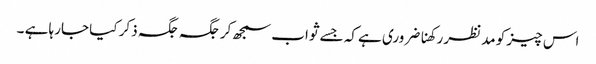
اس چیز کو مدنظر رکھنا ضروری ہے کہ جسے ثواب سمجھ کر جگہ جگہ ذکر کیا جارہا ہے ۔